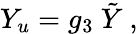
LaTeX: Y_{u}=g_{3}\ \tilde{Y}\ ,